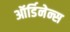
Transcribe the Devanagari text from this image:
ऑर्डिनेन्स